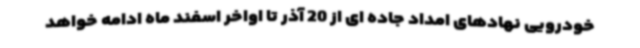
خودرویی نهادهای امداد جاده ای از 20 آذر تا اواخر اسفند ماه ادامه خواهد